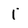
Character: 1